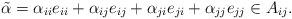
\begin{align*} \tilde\alpha=\alpha_{ii}e_{ii}+\alpha_{ij}e_{ij}+\alpha_{ji}e_{ji}+\alpha_{jj}e_{jj}\in A_{ij}. \end{align*}